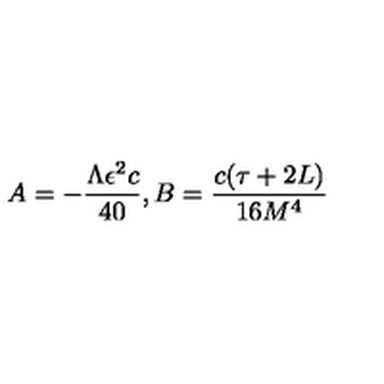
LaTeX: A = - \frac { \Lambda \epsilon ^ { 2 } c } { 4 0 } , B = \frac { c ( \tau + 2 L ) } { 1 6 M ^ { 4 } }